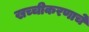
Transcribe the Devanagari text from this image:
खच्चीकरणाचे